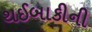
થઈબાકીની